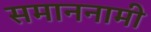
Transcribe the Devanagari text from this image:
समाननामी